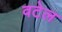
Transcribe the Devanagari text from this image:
वटेल